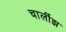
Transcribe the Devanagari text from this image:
चार्लीझ